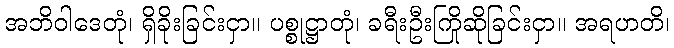
အဘိဝါဒေတုံ၊ ရှိခိုးခြင်းငှာ။ ပစ္စုဋ္ဌာတုံ၊ ခရီးဦးကြိုဆိုခြင်းငှာ။ အရဟတိ၊